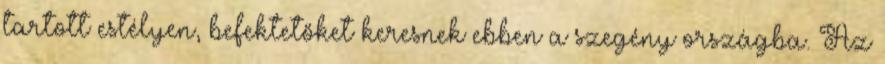
tartott estélyen, befektetőket keresnek ebben a szegény országba. Az